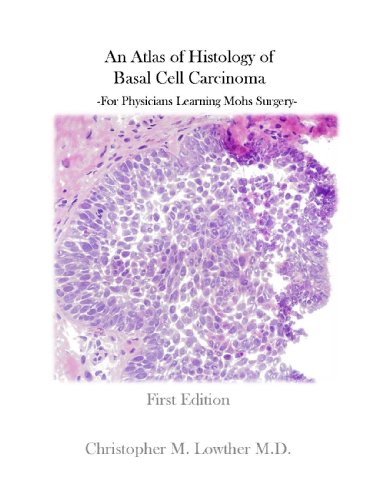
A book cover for An Atlas of Histology of Basal Cell Carcinoma (For Physicians Learning Mohs Surgery); M.D. Christopher M. Lowther; Medical Books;